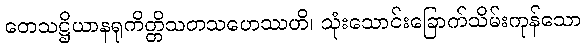
တေသဋ္ဌိယာနရုကိတ္တိသတသဟေဿဟိ၊ သုံးသောင်းခြောက်သိမ်းကုန်သော